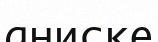
аниске